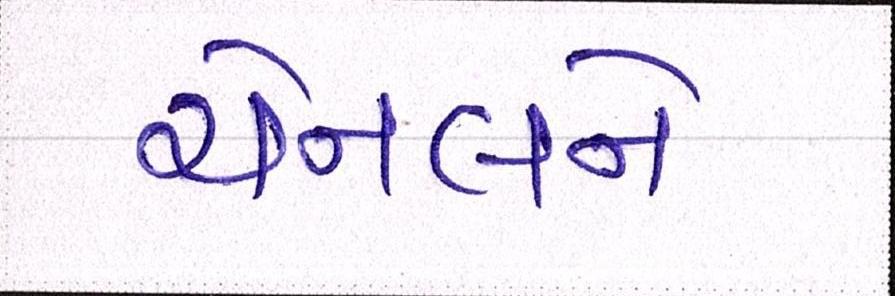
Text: ચેનલને